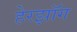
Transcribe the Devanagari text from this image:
हेरझॉग